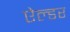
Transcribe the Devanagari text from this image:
ऐल्डर